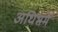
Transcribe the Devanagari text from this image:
अधिभर्म